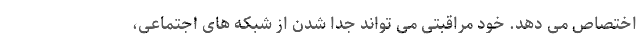
اختصاص می دهد. خود مراقبتی می تواند جدا شدن از شبکه های اجتماعی،